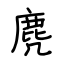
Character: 麂